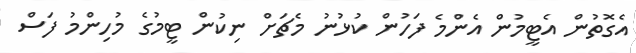
އެގޮތުން އެޓީމުން އެންމެ ފަހުން ކުޅުނު މެޗަށް ނިކުން ޓީމުގެ މުހިންމު ފަސް